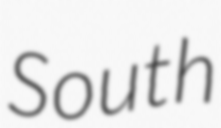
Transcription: South